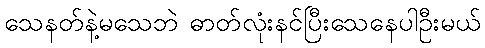
သေနတ်နဲ့မသေဘဲ ဓာတ်လုံးနင်ပြီးသေနေပါဦးမယ်